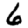
Digit: 6